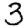
Digit: 3